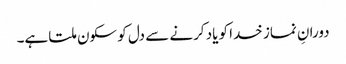
دورانِ نماز خدا کو یاد کرنے سے دل کو سکون ملتا ہے۔